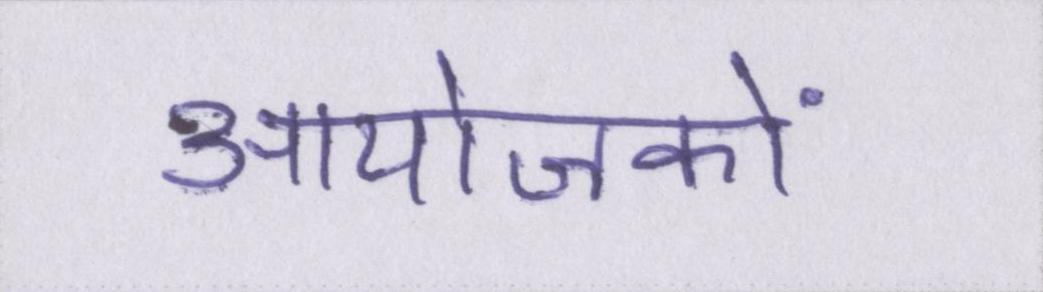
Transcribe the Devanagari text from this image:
आयोजकों